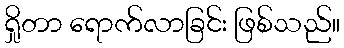
ရှိုတာ ရောက်လာခြင်း ဖြစ်သည်။